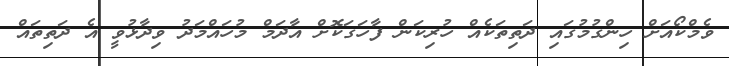
ވެމްކޯއަށް ހިންގުމުގައި ދަތިތަކެއް ހުރިކަން ފާހަގަކޮށް އާދަމް މުހައްމަދު ވިދާޅުވީ އެ ދަތިތައް